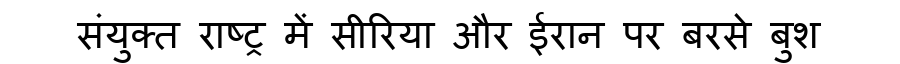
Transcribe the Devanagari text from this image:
संयुक्त राष्ट्र में सीरिया और ईरान पर बरसे बुश